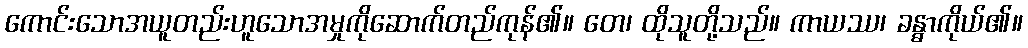
ကောင်းသောအယူတည်းဟူသောအမှုကိုဆောက်တည်ကုန်၏။ တေ၊ ထိုသူတို့သည်။ ကာယဿ၊ ခန္ဓာကိုယ်၏။